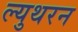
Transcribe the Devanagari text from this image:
ल्युथरन